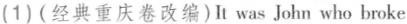
(1)(经典重庆卷改编) It was John who broke